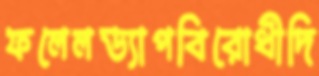
ফলেলড্যাপবিরোধীদি